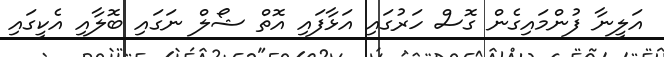
އަލީނާ ފުންމައިގެން ގޮސް ހަރުގައި އަޅާފައި އޮތް ޝޯލް ނަގައި ބޮލާއި އެކީގައި